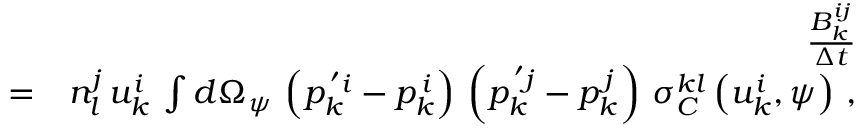
\begin{array} { r l r } & { } & { \frac { B _ { k } ^ { i j } } { \Delta t } } \\ & { = } & { n _ { l } ^ { j } \, u _ { k } ^ { i } \, \int d \Omega _ { \psi } \, \left( p _ { k } ^ { \, ^ { \prime } i } - p _ { k } ^ { \, i } \right) \, \left( p _ { k } ^ { \, ^ { \prime } j } - p _ { k } ^ { \, j } \right) \, \sigma _ { C } ^ { k l } \left( u _ { k } ^ { i } , \psi \right) \, , } \end{array}